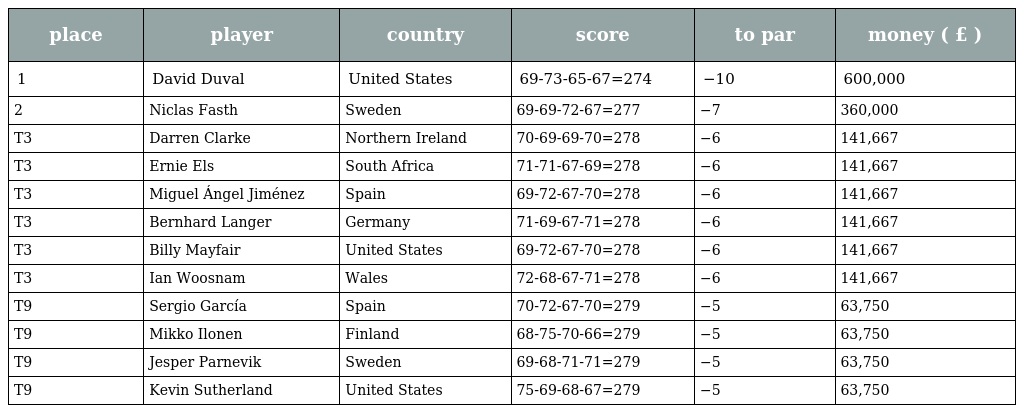
| place | player | country | score | to par | money ( £ ) |
 | --- | --- | --- | --- | --- | --- |
 | 1 | David Duval | United States | 69-73-65-67=274 | −10 | 600,000 |
 | 2 | Niclas Fasth | Sweden | 69-69-72-67=277 | −7 | 360,000 |
 | T3 | Darren Clarke | Northern Ireland | 70-69-69-70=278 | −6 | 141,667 |
 | T3 | Ernie Els | South Africa | 71-71-67-69=278 | −6 | 141,667 |
 | T3 | Miguel Ángel Jiménez | Spain | 69-72-67-70=278 | −6 | 141,667 |
 | T3 | Bernhard Langer | Germany | 71-69-67-71=278 | −6 | 141,667 |
 | T3 | Billy Mayfair | United States | 69-72-67-70=278 | −6 | 141,667 |
 | T3 | Ian Woosnam | Wales | 72-68-67-71=278 | −6 | 141,667 |
 | T9 | Sergio García | Spain | 70-72-67-70=279 | −5 | 63,750 |
 | T9 | Mikko Ilonen | Finland | 68-75-70-66=279 | −5 | 63,750 |
 | T9 | Jesper Parnevik | Sweden | 69-68-71-71=279 | −5 | 63,750 |
 | T9 | Kevin Sutherland | United States | 75-69-68-67=279 | −5 | 63,750 |